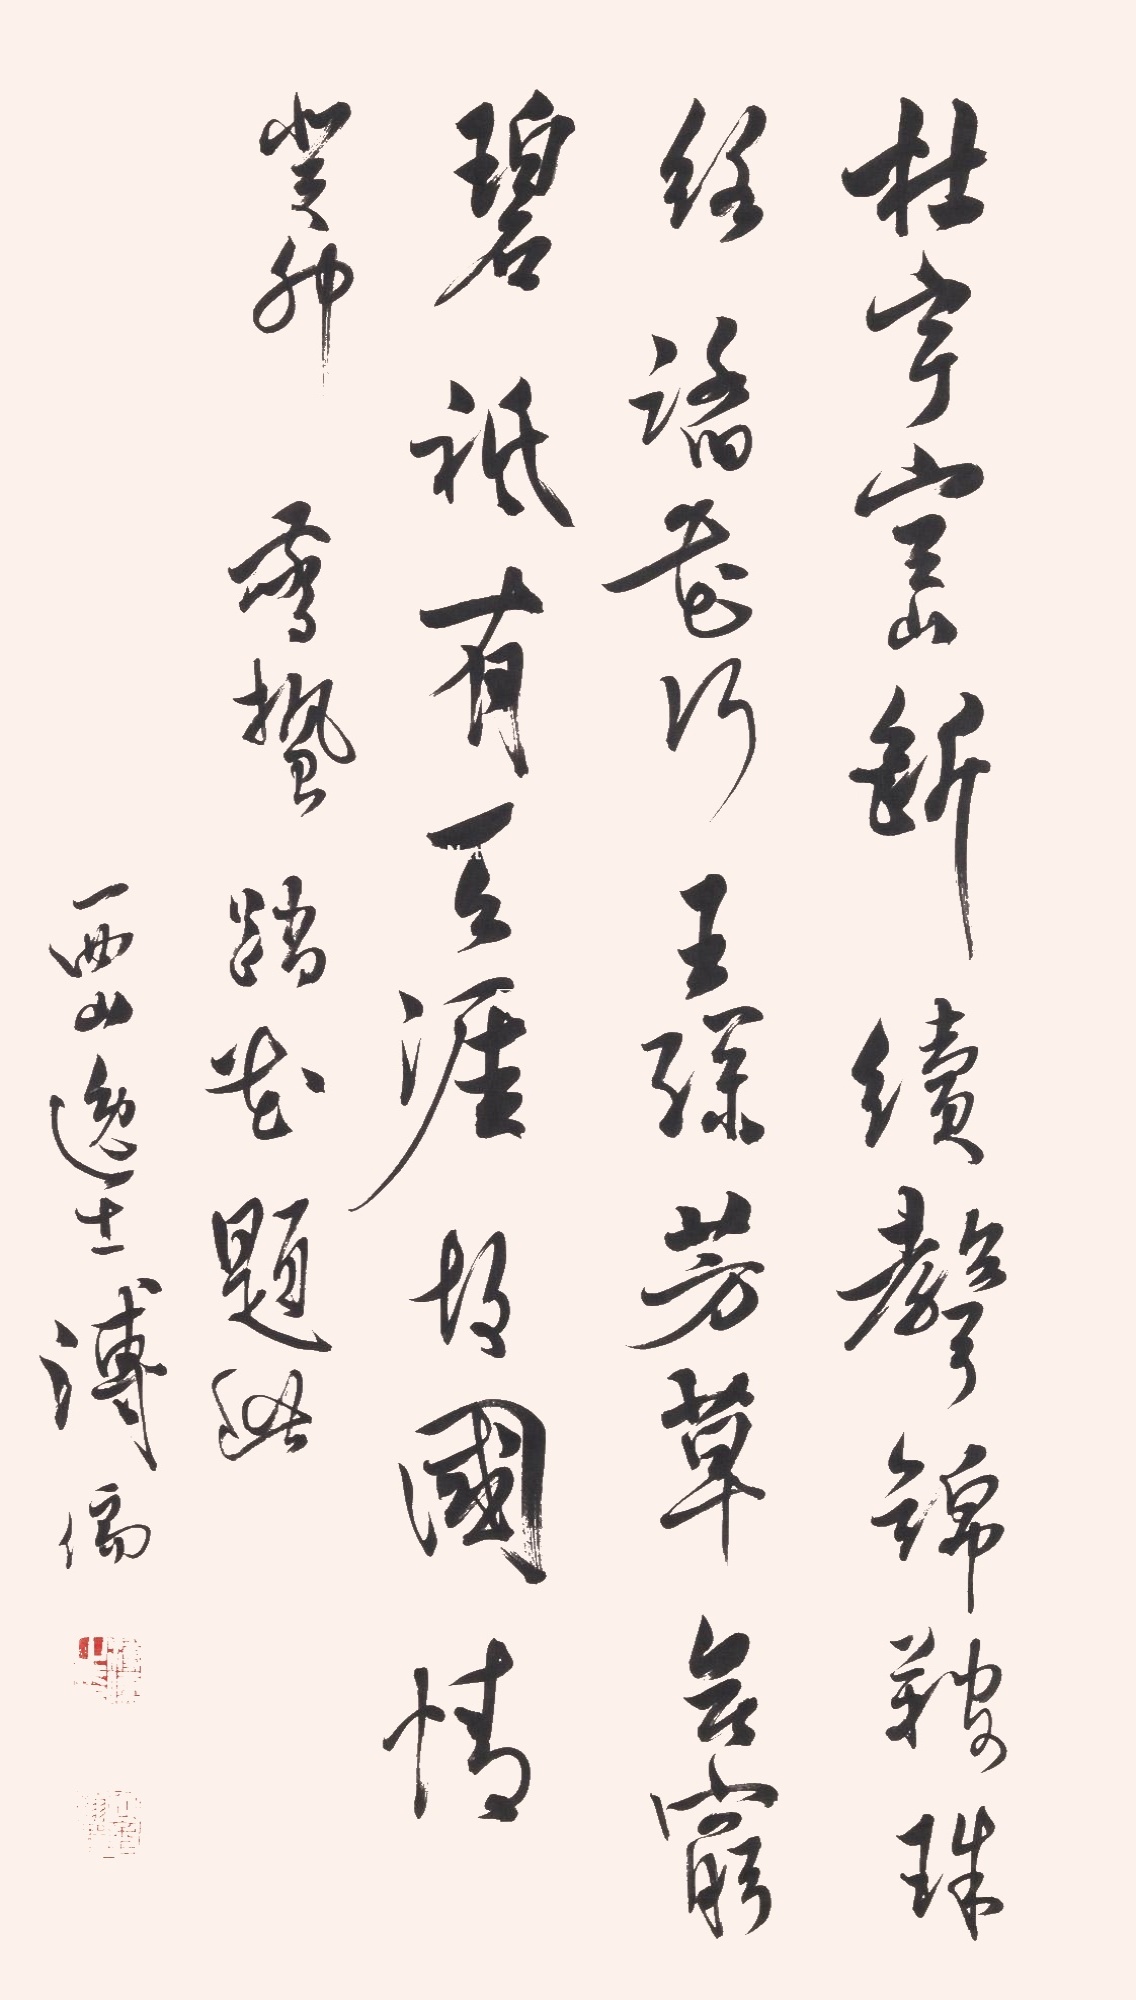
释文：杜宇空山断续声，锦鞍珠络踏花行。王孙芳草无穷碧，祇有天涯故国情。癸卯（1963）惊蛰踏花题此。西山逸士溥儒。